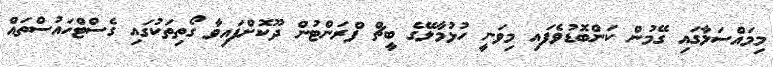
މިމައްސަލާގައި ގޭމުން ކަންބޮޑުވެފައި މިވަނީ ހުޅުމާލޭގެ ބީޗް ފްރަންޓުން ދޫކޮށްފައިވާ ގޯތިތަކުގައި ގެސްޓްހައުސްތައް